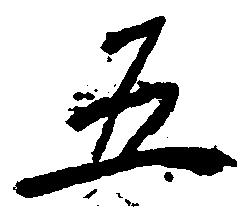
五